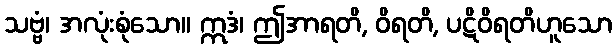
သဗ္ဗံ၊ အလုံးစုံသော။ ဣဒံ၊ ဤအာရတိ, ဝိရတိ, ပဋိဝိရတိဟူသော